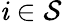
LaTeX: \mathit{i}\in\mathcal{{S}}